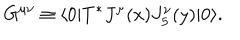
G ^ { \mu \nu } \equiv \langle 0 | T ^ { * } J ^ { \mu } ( x ) J _ { 5 } ^ { \nu } ( y ) | 0 \rangle .